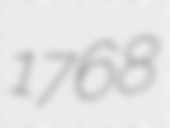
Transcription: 1768